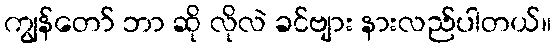
ကျွန်တော် ဘာ ဆို လိုလဲ ခင်ဗျား နားလည်ပါတယ်။